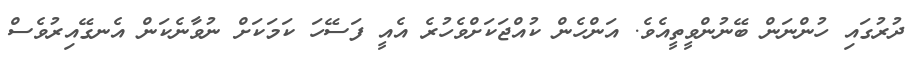
ދުރުގައި ހުންނަން ބޭނުންވީތީއެވެ. އަންހެން ކުއްޖަކަށްވެހުރެ އެއީ ފަސޭހަ ކަމަކަށް ނުވާނެކަން އެނގޭއިރުވެސް